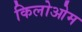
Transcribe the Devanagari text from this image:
किलोओम